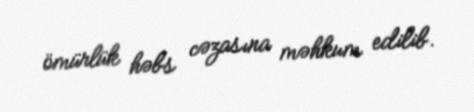
ömürlük həbs cəzasına məhkum edilib.